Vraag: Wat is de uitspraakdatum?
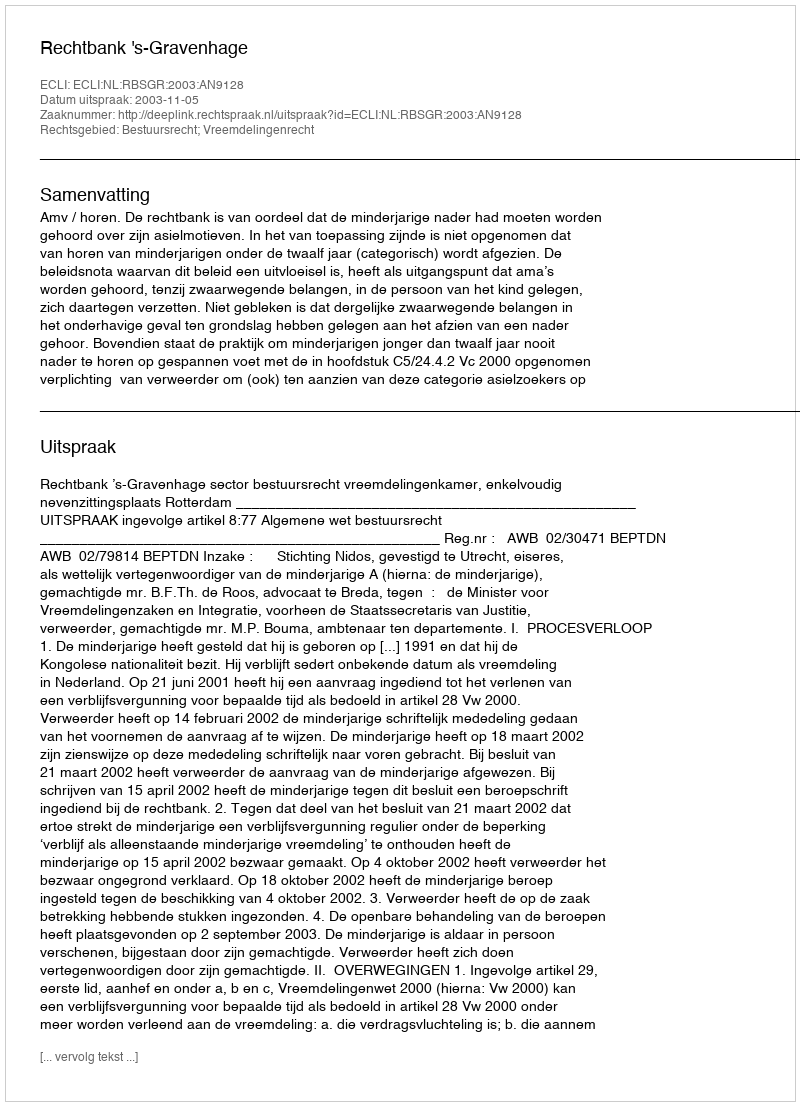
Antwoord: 2003-11-05